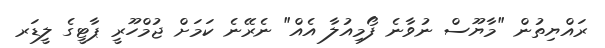
ރައްޔިތުން "މާޔޫސް ނުވާނެ ފޯމިއުލާ އެއް" ނެރޭނެ ކަމަށް ޖުމްހޫރީ ޕާޓީގެ ލީޑަރ